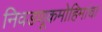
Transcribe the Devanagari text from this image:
निवडणूकमोहिमांचा